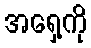
အရှေ့ကို